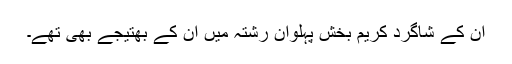
ان کے شاگرد کریم بخش پہلوان رشتہ میں ان کے بھتیجے بھی تھے۔